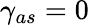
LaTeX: \gamma_{as}=0